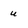
Character: u